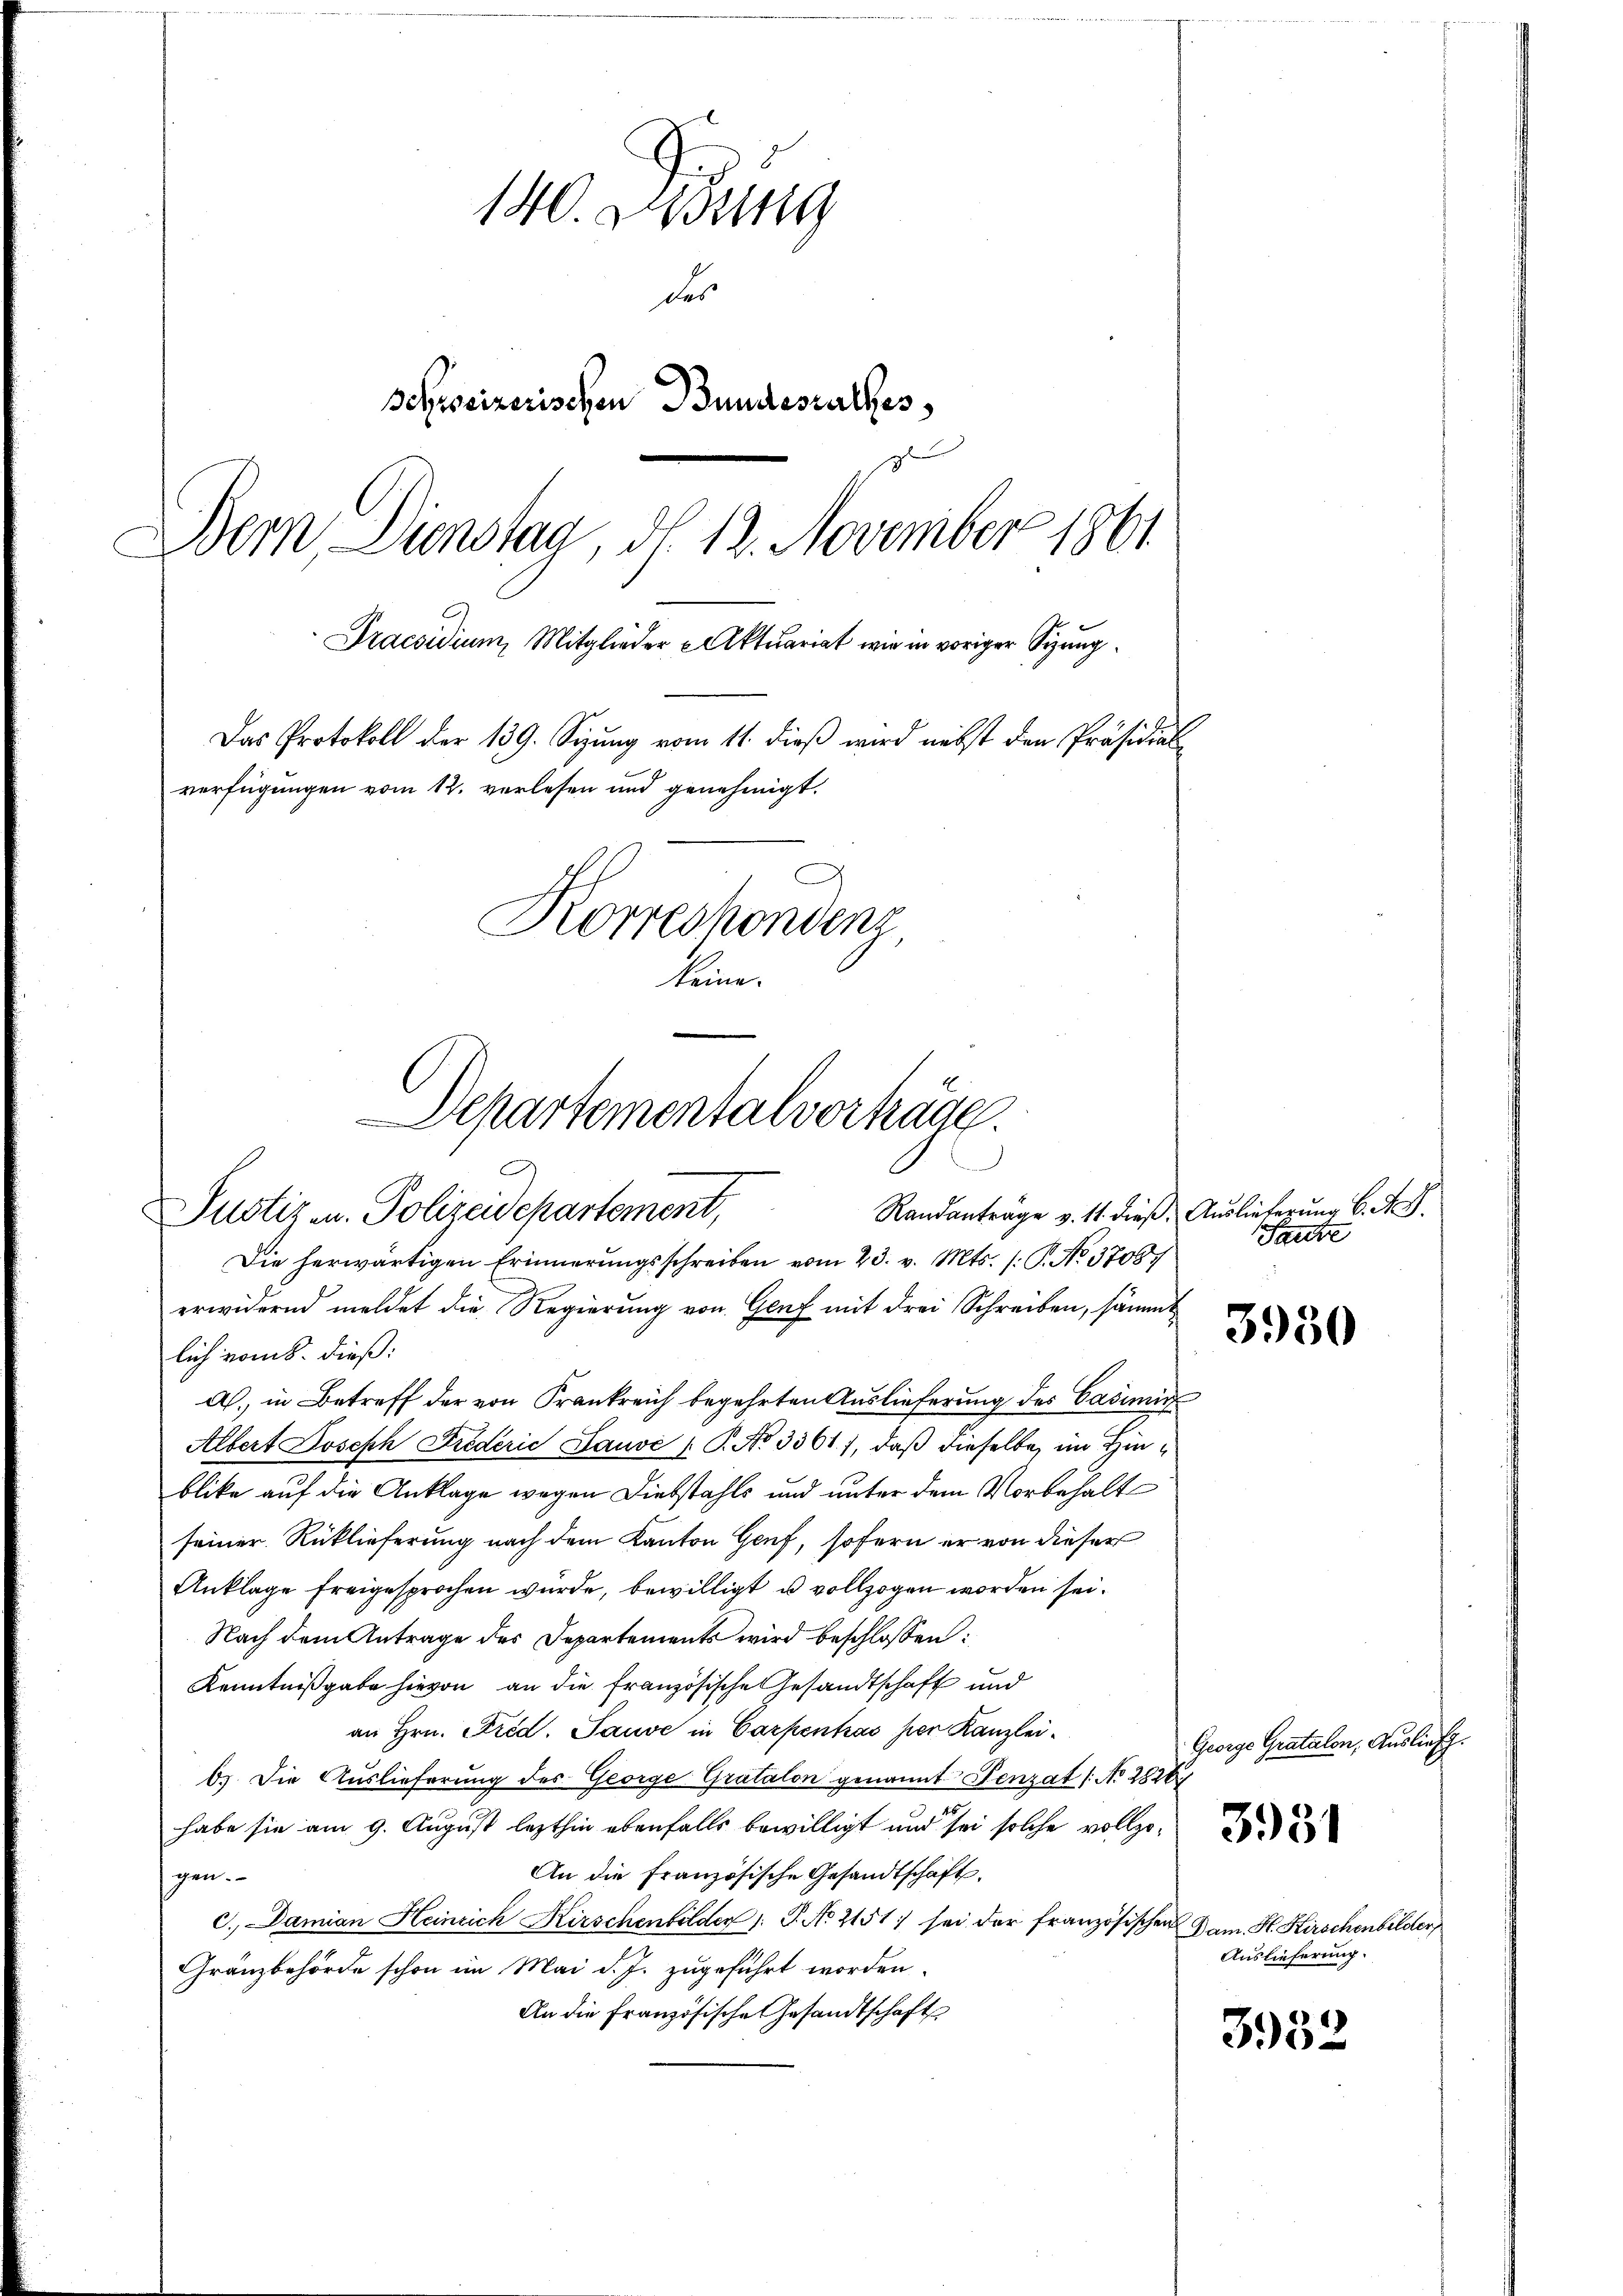
140. Didung
des
Schreizerischen Bundestaltes
g
Dem Dienstag, d. 12. November 1861
Praesidium, Mitglieder Aktuariat wie in voriger Sizung¬
Das Protokoll der 139. Sizung vom 11. dieß wird nebst den Präsidial
verfügungen vom 12. verlesen und genehmigt.
Korrechenden
keine

Departementalvorträge.
n
Randanträge v. 11. dieß. Auslieferung 6. A. S.
Pustiz u. Polizeidepartement,

Die herwärtigen Erinnerungsschreiben vom 23. v. Mts. 1. P. No 37087/
erwidernd meldet die Regierung von Genf mit drei Schreiben, sämmt
lich vom 8. dieß:
a.) in Betreff der von Frankreich begehrten Auslieferung des Cademi
Albert Joseph Frederie Lauvé /: P. No 3361), daß dieselbe, im Hinblike auf die Anklage wegen Diebstahls und unter dem Vorbehalt
seiner Rücklieferung nach dem Kanton Genf, sofern er von dieser
Anklage freigesprochen würde, bewilligt u vollzogen worden sei.
Nach dem Antrage des Departements wird beschlossen:
Kenntnißgabe hievon an die französische Gesandtschaft und
an Hrn. Fred. Pause in Carpentas per Kanzlei.
6). Die Auslieferung des George Gratalon genannt Penzat /: No 2826
habe sie am 9. August lezthin ebenfalls bewilligt und sei solche vollzo¬
An die Französische Gesandtschaft.
gen.
c.) Damian Heinrich Kirschenbilder P. No 2151; sei der französischen Dam. H. Hirschenbilder,
Gränzbehörde schon im Mai d. J. zugeführt worden.
An die Französische Gesandtschaft

Saute

3950

George Gratulon, Auslief.

3951

Auslieferung.

3952